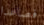
فصاعدا